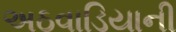
અઠવાડિયાની